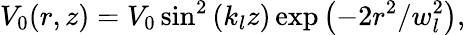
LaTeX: V_{0}(r,z)=V_{0}\sin^{2}\left(k_{l}z\right)\exp\left(-2r^{2}/w_{l}^{2}\right),